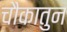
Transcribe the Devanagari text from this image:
चौकातुन